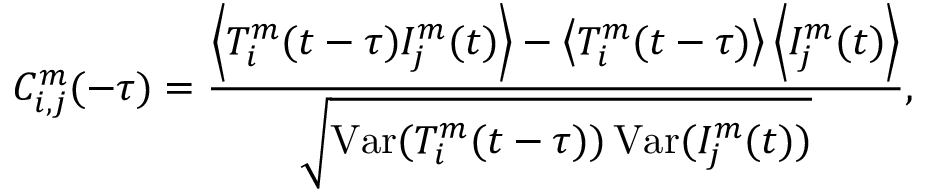
C _ { i , j } ^ { m } ( - \tau ) = \frac { \left\langle T _ { i } ^ { m } ( t - \tau ) I _ { j } ^ { m } ( t ) \right\rangle - \left\langle T _ { i } ^ { m } ( t - \tau ) \right\rangle \left\langle I _ { j } ^ { m } ( t ) \right\rangle } { \sqrt { \operatorname { V a r } ( T _ { i } ^ { m } ( t - \tau ) ) \operatorname { V a r } ( I _ { j } ^ { m } ( t ) ) } } ,